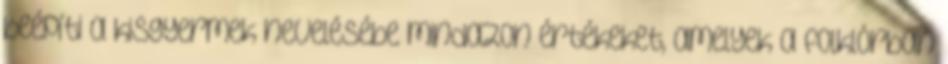
beépíti a kisgyermek nevelésébe mindazon értékeket, amelyek a folklórban